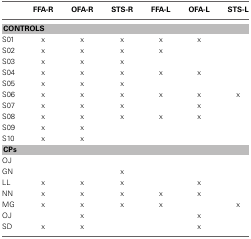
|  | FFA-R | OFA-R | STS-R | FFA-L | OFA-L | STS-L |
 | --- | --- | --- | --- | --- | --- | --- |
 | <COLSPAN=7> CONTROLS |
 | S01 | x | x | x | x | x |  |
 | S02 | x | x | x | x |  |  |
 | S03 | x | x | x |  |  |  |
 | S04 | x | x | x | x | x |  |
 | S05 | x | x | x |  |  |  |
 | S06 | x | x | x | x | x | x |
 | S07 | x | x | x |  | x |  |
 | S08 | x | x | x | x | x |  |
 | S09 | x | x |  |  |  |  |
 | S10 | x | x |  |  |  |  |
 | <COLSPAN=7> CPs |
 | OJ |  |  |  |  |  |  |
 | GN |  |  | x |  |  |  |
 | LL | x | x | x |  | x |  |
 | NN | x | x | x | x | x |  |
 | MG | x | x | x | x |  | x |
 | OJ |  | x |  |  | x |  |
 | SD | x | x |  |  | x |  |